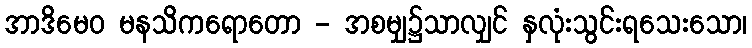
အာဒိမေဝ မနသိကရောတော - အစမျှ၌သာလျှင် နှလုံးသွင်းရသေးသော၊